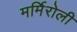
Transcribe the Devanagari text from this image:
मर्मिरोली